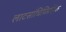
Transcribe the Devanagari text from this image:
लाटसांधिविग्रहिक